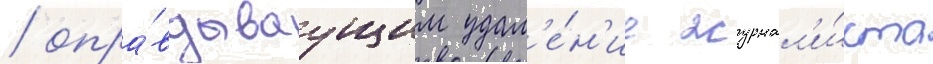
/ опра́вдываущим удал'е́н'ие журнал'и́ста